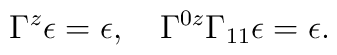
\Gamma^z\epsilon=\epsilon,\quad\Gamma^{0z}\Gamma_{11}\epsilon=\epsilon.